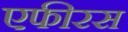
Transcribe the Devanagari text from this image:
एफीरस